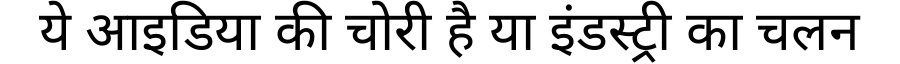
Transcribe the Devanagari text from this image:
ये आइडिया की चोरी है या इंडस्ट्री का चलन